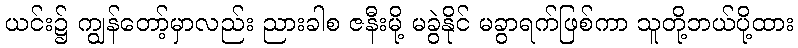
ယင်း၌ ကျွန်တော့်မှာလည်း ညားခါစ ဇနီးမို့ မခွဲနိုင် မခွာရက်ဖြစ်ကာ သူတို့ဘယ်ပို့ထား